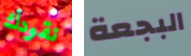
نقودك البجعة